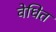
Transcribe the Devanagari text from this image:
वेधित